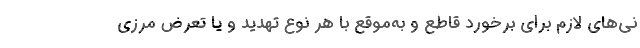
نی‌های لازم برای برخورد قاطع و به‌موقع با هر نوع تهدید و یا تعرض مرزی